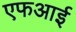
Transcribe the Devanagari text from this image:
एफआई